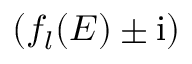
( f _ { l } ( E ) \pm \mathrm { i } )